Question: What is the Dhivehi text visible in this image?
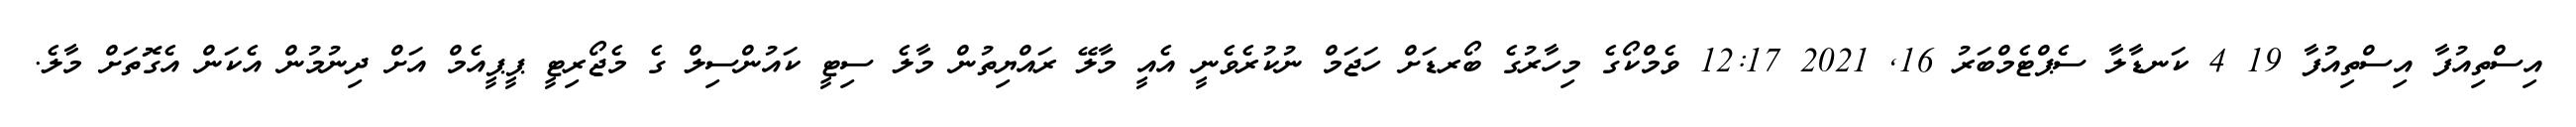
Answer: އިސްތިއުފާ އިސްތިއުފާ 19 4 ކަނޑާލާ ސެޕްޓެމްބަރު 16, 2021 12:17 ވެމްކޯގެ މިހާރުގެ ބޯރޑަށް ހަޖަމް ނުކުރެވެނީ އެއީ މާލޭ ރައްޔިތުން މާލެ ސިޓީ ކައުންސިލް ގެ މެޖޯރިޓީ ޕީޕީއެމް އަށް ދިނުމުން އެކަން އެގޮތަށް މާލެ.